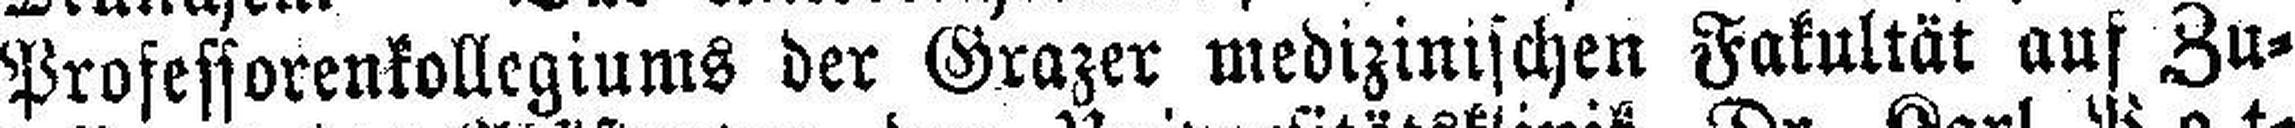
Professorenkollegiums der Grazer medizinischen Fakultät aus Zu¬